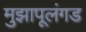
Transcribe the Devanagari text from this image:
मुझापूलंगड